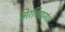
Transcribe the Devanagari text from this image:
मिरचियागंध